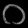
Digit: ၀